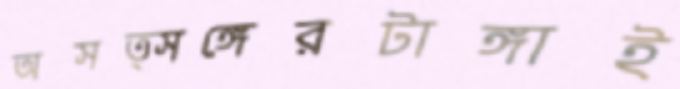
অসত্সঙ্গেরটাঙ্গাই